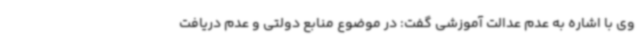
وی با اشاره به عدم عدالت آموزشی گفت: در موضوع منابع دولتی و عدم دریافت